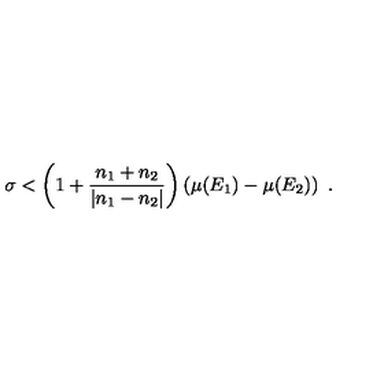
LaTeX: \sigma < \left( 1 + \frac { n _ { 1 } + n _ { 2 } } { | n _ { 1 } - n _ { 2 } | } \right) \left( \mu ( E _ { 1 } ) - \mu ( E _ { 2 } ) \right) \ .